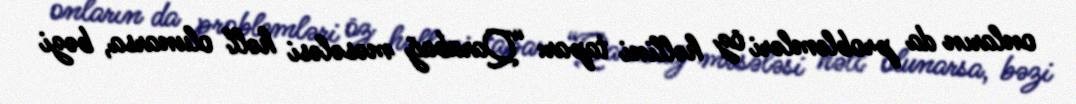
onların da problemləri öz həllini tapar: “Qarabağ məsələsi həll olunarsa, bəzi